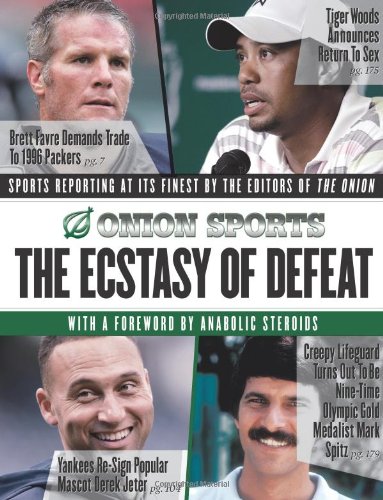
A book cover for The Ecstasy of Defeat: Sports Reporting at Its Finest by the Editors of the Onion; Editors of The Onion; Humor & Entertainment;